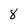
Character: 8